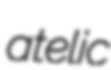
atelic